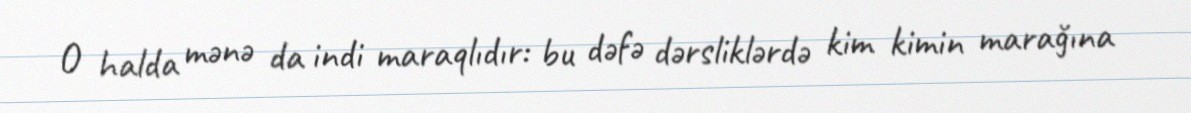
O halda mənə da indi maraqlıdır: bu dəfə dərsliklərdə kim kimin marağına